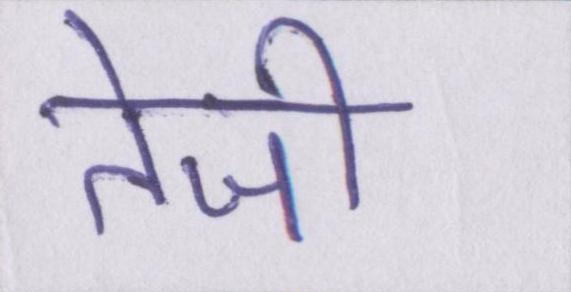
तेजी